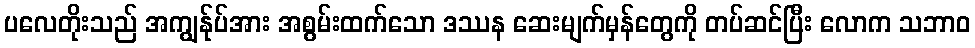
ပလေတိုးသည် အကျွန်ုပ်အား အစွမ်းထက်သော ဒဿန ဆေးမျက်မှန်တွေကို တပ်ဆင်ပြီး လောက သဘာဝ